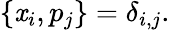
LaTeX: \{ \mathit{x}_{i},p_{j}\} =\delta_{i,j}.